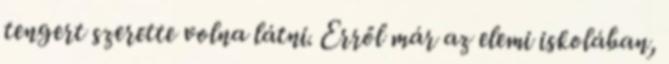
tengert szerette volna látni. Erről már az elemi iskolában,